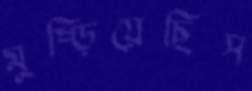
মুষ্‌ড়িয়েছিস